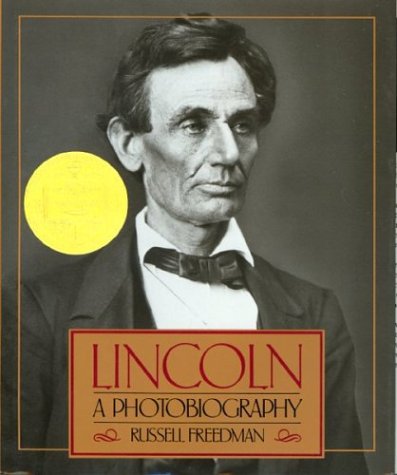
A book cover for Lincoln: A Photobiography (Houghton Mifflin social studies); Russell Freedman; Children's Books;